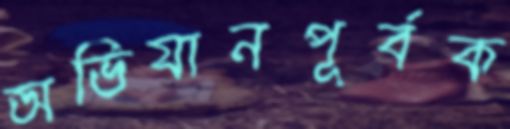
অভিযানপূর্বক